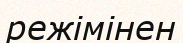
режімінен